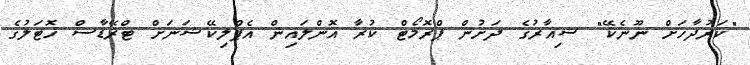
"ކަރުދާހަށް ނޫނެކޭ" ޝިއާރުގެ ދަށުން ޕްރޮމޯޓް ކުރާ އޮންލައިން އެޕްލިކޭޝަނަށް ޓްރޭޑާސް ހޮޓަލުގެ